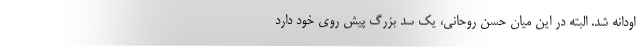
اودانه شد. البته در این میان حسن روحانی، یک سد بزرگ پیش روی خود دارد